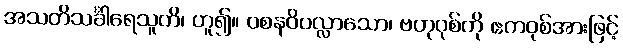
အသတိသင်္ခါရေသူတိ၊ ဟူ၍။ ဝစနဝိပလ္လာသော၊ ဗဟုဝုစ်ကို ဧကဝုစ်အားဖြင့်